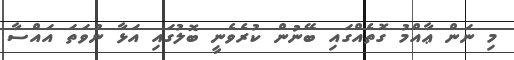
މި ނަން ޢާއްމު ގޮތެއްގައި ބޭނުން ކުރެވެނީ ބޮލުގައި އަޅާ ނުވަތަ އައްސާ